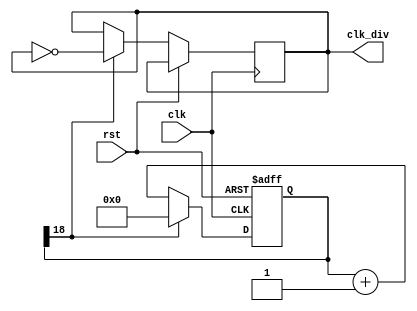
`timescale 1ns / 1ps
//////////////////////////////////////////////////////////////////////////////////
// Company: 
// Engineer: 
// 
// Design Name: 
// Module Name: clk_gen
// Project Name: 
// Target Devices: 
// Tool Versions: 
// Description: 
// 
// Dependencies: 
// 
// Revision:
// Revision 0.01 - File Created
// Additional Comments:
// 
//////////////////////////////////////////////////////////////////////////////////


module clk_gen(
    output reg clk_div,
    input clk, rst);
    
    reg [26:0] cnt;     //Declaring a counter
    
    initial begin
        cnt = 0;        //Initializing the counter and divided clock to 0
        clk_div = 0;
    end    
    
    always @ (posedge clk, posedge rst)     //The bit location to monitor is cnt[18] which would be 000000001000000000000000000, or 262144
                                            //which will result in a clkd frequency of 190.74 Hz
    begin
        if (rst == 1'b1)                    //If reset button pushed, counter will be reset to 0
            cnt <= 0;
        else if (cnt[18] == 1'b1) begin     //When the counter's 21st bit is 1 (cnt[20])
            clk_div = ~clk_div;             //the divided clock will toggle
            cnt <= 0;                       //and the counter will go to 0 for the next clock toggle
            end
        else
            cnt <= cnt + 1;                 //The counter will increment as long as it has not reached cnt[20] = 1
    end
endmodule